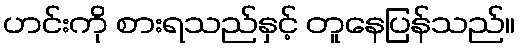
ဟင်းကို စားရသည်နှင့် တူနေပြန်သည်။